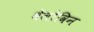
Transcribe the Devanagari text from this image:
बेलोविन